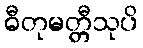
ဓီတုမတ္တီသုပိ